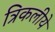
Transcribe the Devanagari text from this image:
त्रिकलीये